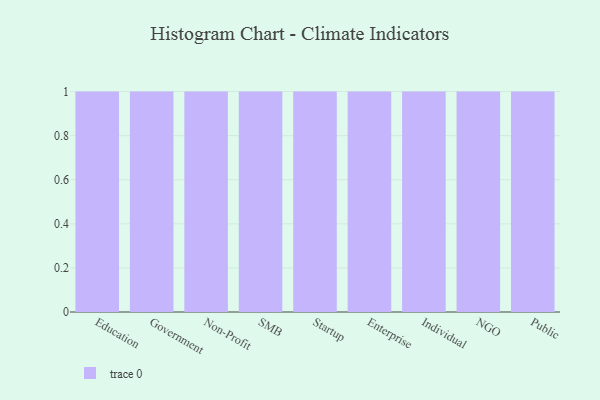
{"axis": {"x": "Segment", "y": "Energy Usage (MWh)"}, "legend": [""], "data": [{"x": "Education", "y": 81, "type": ""}, {"x": "Government", "y": 39, "type": ""}, {"x": "Non-Profit", "y": 6, "type": ""}, {"x": "SMB", "y": 26, "type": ""}, {"x": "Startup", "y": 7, "type": ""}, {"x": "Enterprise", "y": 33, "type": ""}, {"x": "Individual", "y": 39, "type": ""}, {"x": "NGO", "y": 11, "type": ""}, {"x": "Public", "y": 58, "type": ""}]}